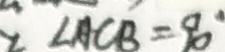
\angle A C B = 9 0 ^ { \circ }